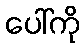
ပေါ်ကို